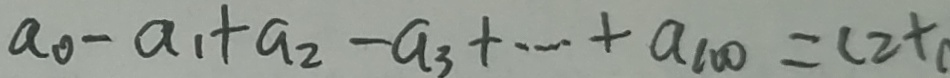
a _ { 0 } - a _ { 1 } + a _ { 2 } - a _ { 3 } + \cdots + a _ { 1 0 0 } = c 2 +